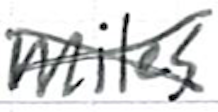
Text: miles
Cross-out: mix
Writing tool: ballpoint